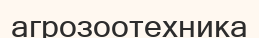
агрозоотехника